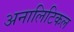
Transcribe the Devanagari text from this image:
अनालिटिकल